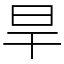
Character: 旱